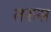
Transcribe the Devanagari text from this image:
तरुस